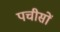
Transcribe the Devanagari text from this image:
पचीसों